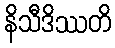
နိသီဒိဿတိ